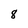
Character: 8